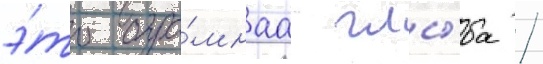
э́то огро́мнаа глы́ба /